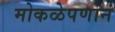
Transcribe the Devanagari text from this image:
मोकळेपणानं